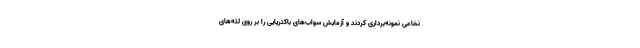
نخاعی نمونه‌برداری کردند و آزمایش سواب‌های باکتریایی را بر روی لثه‌های